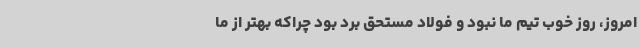
امروز، روز خوب تیم ما نبود و فولاد مستحق برد بود چراکه بهتر از ما